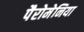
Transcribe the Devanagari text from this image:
पैरोमेनिया